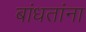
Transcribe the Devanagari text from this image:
बांधतांना